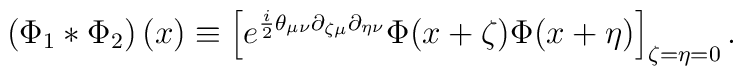
\left(\Phi_1 * \Phi_2\right)(x) \equiv\left[e^{\frac{i}{2}\theta_{\mu \nu} \partial_{\zeta \mu} \partial_{\eta \nu}} \Phi(x+\zeta)\Phi(x+\eta)\right]_{\zeta=\eta=0}.